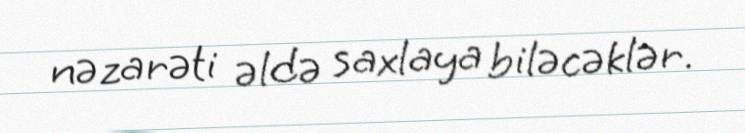
nəzarəti əldə saxlaya biləcəklər.